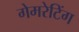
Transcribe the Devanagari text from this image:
गेमरेटिंग